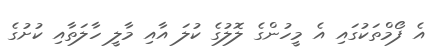
އެ ފޯމްތަކުގައި އެ މީހުންގެ ލޮލުގެ ކުލަ އާއި މާލީ ހާލަތާއި ކުށުގެ